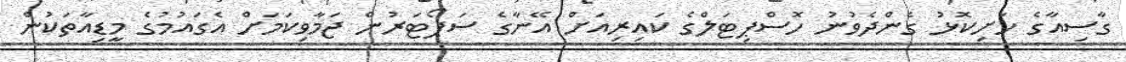
ގާސިއާގެ ހަށިކޮޅު ގެންދެވުނު ހޮސްޕިޓަލްގެ ކައިރިއަށް އޭނާގެ ސަޕޯޓަރުން ޖަމާވިކަމަށް އެގައުމުގެ މީޑިއާތަކުން